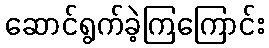
ဆောင်ရွက်ခဲ့ကြကြောင်း